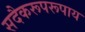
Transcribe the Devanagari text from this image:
सदैकरूपरूपाय